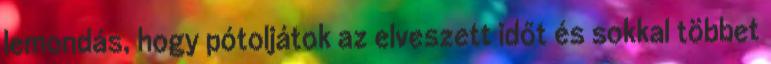
lemondás, hogy pótoljátok az elveszett időt és sokkal többet